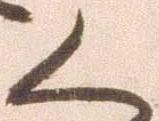
く